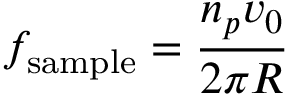
f _ { \mathrm { s a m p l e } } = \frac { n _ { p } v _ { 0 } } { 2 \pi R }